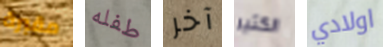
مقبرة طفله آخر الكثير اولادي